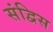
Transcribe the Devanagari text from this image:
संद्विस